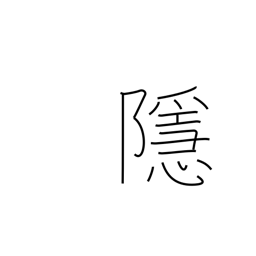
Meaning: hide